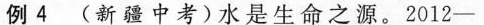
例4(新疆中考)水是生命之源。2012——